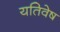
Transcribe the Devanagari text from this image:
यतिवेष